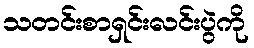
သတင်းစာရှင်းလင်းပွဲကို